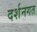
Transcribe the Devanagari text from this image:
दर्शनगत